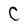
Character: C